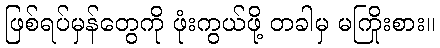
ဖြစ်ရပ်မှန်တွေကို ဖုံးကွယ်ဖို့ တခါမှ မကြိုးစား။